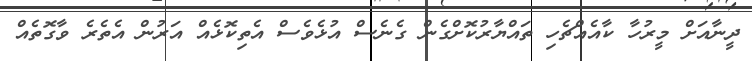
ދީނާއަށް މީރުހާ ކާއެއްޗެހި ތައްޔާރުކޮށްގެން ގެނެސް އުޅެވެސް އެތިކޮޅެއް އަރުން އެތެރެ ވާގޮތެއް